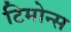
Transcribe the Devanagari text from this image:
टिमोन्स